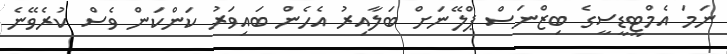
ނަމަ އެމްޓީޑީސީގެ ބިޒްނަސް ޕްލޭނަށް ބަލާއިރު އެހެން ބައިވަރު ކަންކަން ވެސް ކުރެވޭނެ